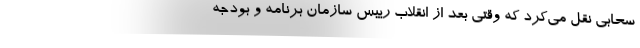
سحابی نقل می‌کرد که وقتی بعد از انقلاب رییس سازمان برنامه و بودجه